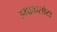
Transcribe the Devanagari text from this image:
उमाकसोटा